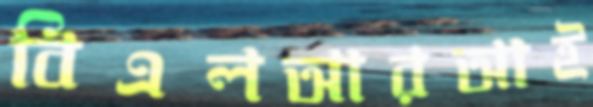
বিএলআরআই